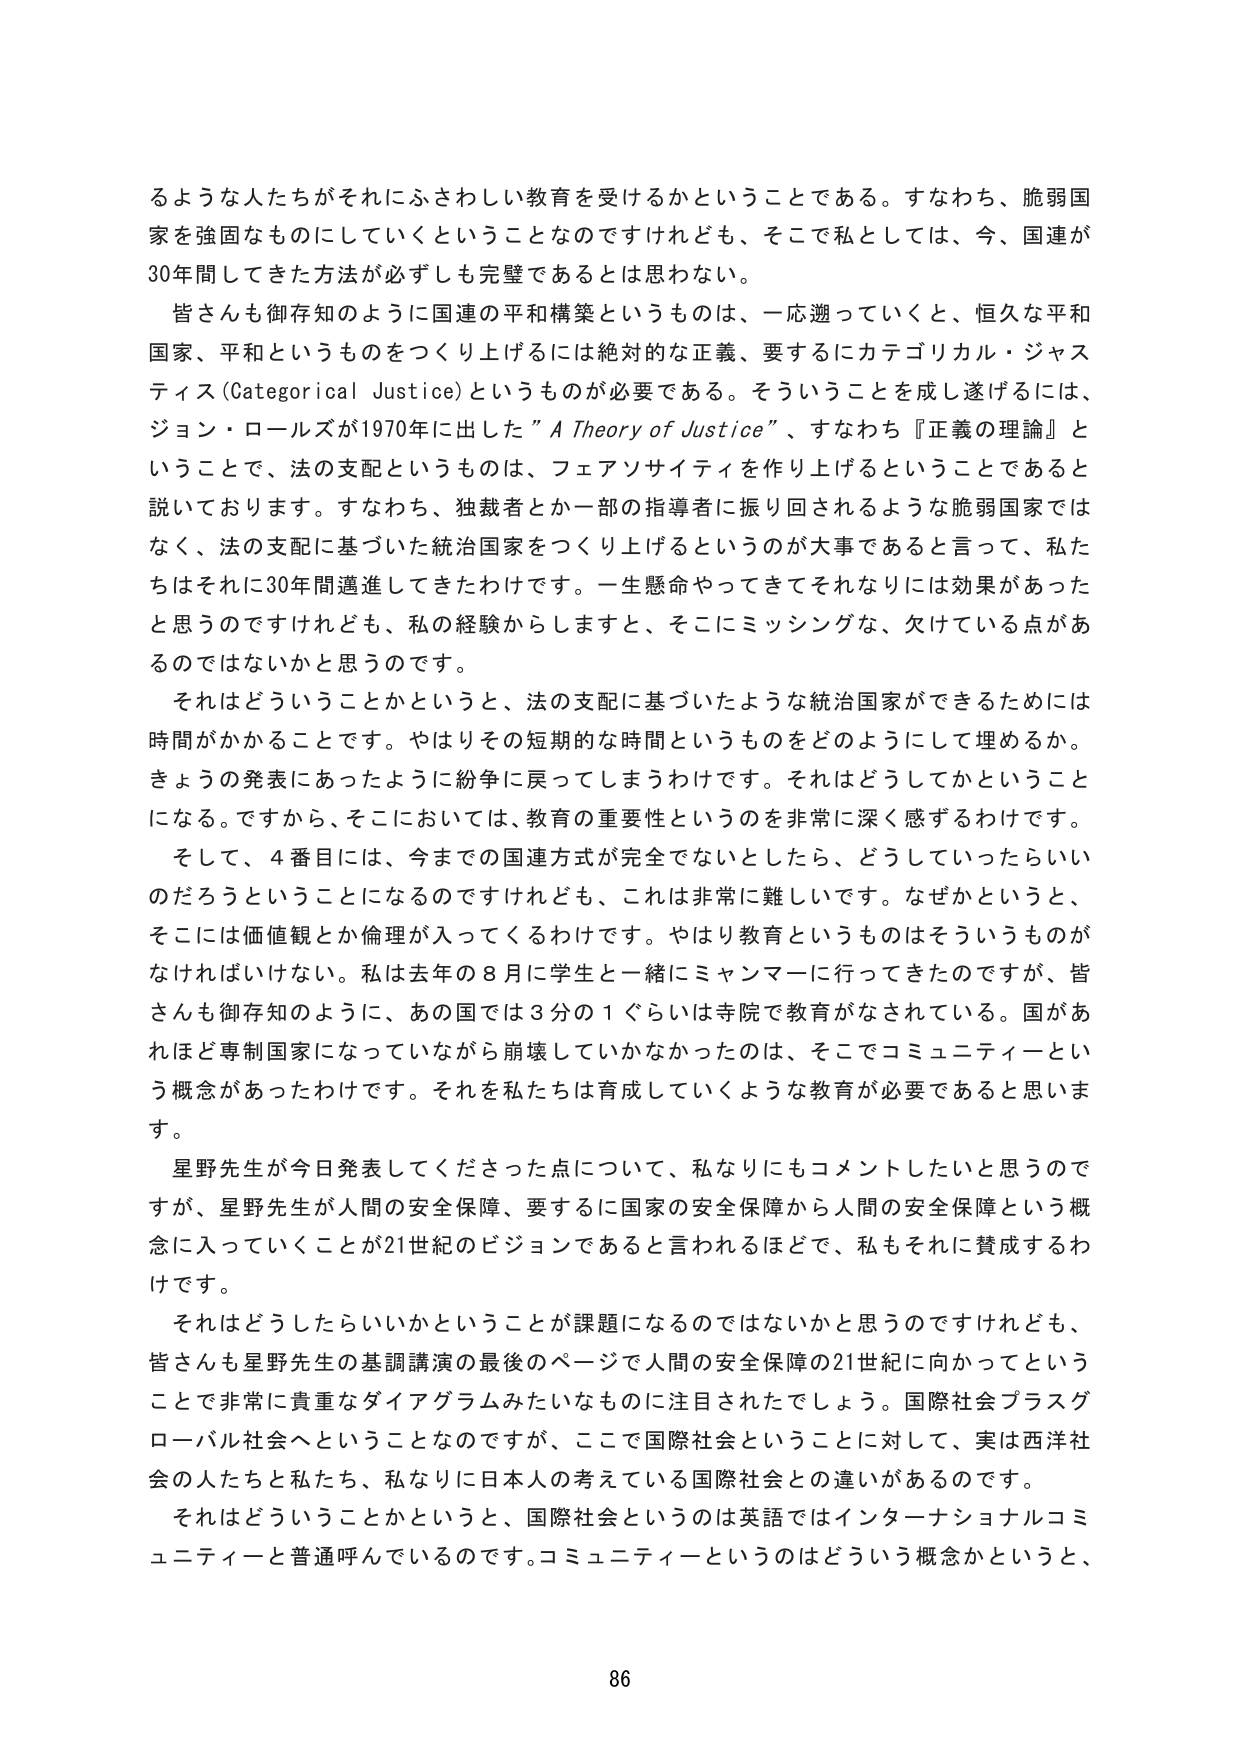
るような人たちがそれにふさわしい教育を受けるかということである。すなわち、脆弱国家を強固なものにしていくということなのですがけれども、そこで私としては、今、国連が30年間してきた方法が必ずしも完璧であるとは思わない。

皆さんも御存知のように国連の平和構築というものは、一応遡っていくと、恒久な平和国家、平和というものをつくり上げるには絶対的な正義、要するにカテゴリカル・ジャスティス（Categorical Justice）というものが必要である。そういうことを成し遂げるには、ジョン・ロールズが1970年に出した『A Theory of Justice』、すなわち『正義の理論』ということで、法の支配というものは、フェアノサイティィを作り上げるということであると説いております。すなわち、独裁者とか一部の指導者に振り回されるような脆弱国家ではなく、法の支配に基づいた統治国家をつくり上げるというのが大事であると言って、私たちはそれに30年間邁進してきたわけです。一生懸命やってきてそれなりには効果があったと思うのですけれども、私の経験からしますと、そこにミッシングな、欠けている点があるのではないかと思うのです。

それはどういうことかというと、法の支配に基づいたような統治国家ができるためには時間がかかることです。やはりその短期的な時間というものをどのようにして埋めるか。きょうの発表にあったように紛争に戻ってしまうわけです。それはどうしてかということになる。ですから、そこにおいては、教育の重要性というのを非常に深く感ずるわけです。

そして、4番目には、今までの国連方式が完全でないとしたなら、どうしていったらいいのだろうということになるのですけれども、これは非常に難しいです。なぜかというと、そこには価値観とか倫理が入ってくるわけです。やはり教育というものはそういうものがなければいけない。私は去年の8月に学生と一緒にミャンマーに行ってきたのですが、皆さんも御存知のように、あの国では3分の1ぐらいは寺院で教育がなされている。国があれほど専制国家になっていながら崩壊していかなかったのは、そこでコミュニティという概念があったわけです。それを私たちは育成していくような教育が必要であると思います。

星野先生が今日発表してくださった点について、私なりにもコメントしたいと思うのですが、星野先生が人間の安全保障、要するに国家の安全保障から人間の安全保障という概念に入っていくことが21世紀のビジョンであると言われるほどで、私もそれに賛成するわけです。

それはどうしたらいいかということが課題になるのではないかと思うのですけれども、皆さんも星野先生の基調講演の最後のページで人間の安全保障の21世紀に向かってということで非常に貴重なダイアグラムみたいなものに注目されたでしょう。国際社会プラスグローバル社会へということなのですが、ここで国際社会ということに対して、実は西洋社会の人たちと私たち、私なりに日本人の考えている国際社会との違いがあるのです。

それはどういうことかというと、国際社会というのは英語ではインターナショナルコミュニティと普通呼んでいるのです。コミュニティというのはどういう概念かというと、